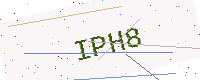
Text: IPH8